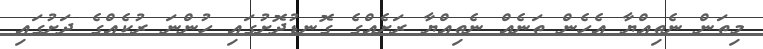
މިތަން ނެތިއްޔާ އެހެން ތަނެއް ނެތިއްޔާ ރަށެއްގެ ގޮނޑުދޮށުގައި ހުންނަ ރުކެއްގެ ދަށުގައި